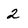
Character: 2